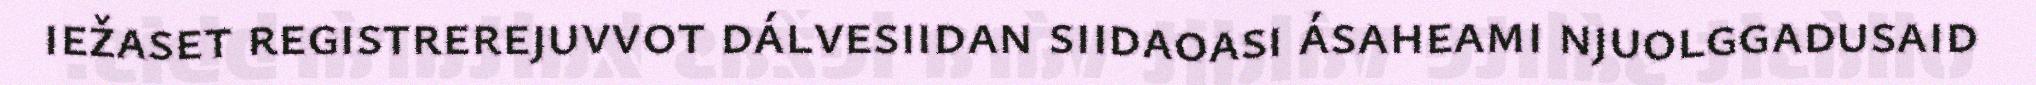
iežaset registrerejuvvot dálvesiidan siidaoasi ásaheami njuolggadusaid